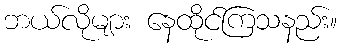
ဘယ်လိုများ နေထိုင်ကြသနည်း။